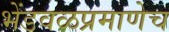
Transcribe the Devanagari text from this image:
भेंडवळप्रमाणेच